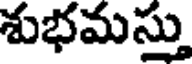
శుభమస్తు